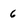
Character: 6